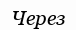
Через